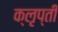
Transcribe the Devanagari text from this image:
क्लृप्ती